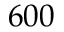
6 0 0